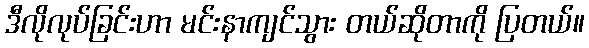
ဒီလိုလုပ်ခြင်းဟာ မင်းနာကျင်သွား တယ်ဆိုတာကို ပြတယ်။